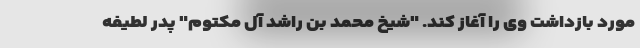
مورد بازداشت‌ وی را آغاز کند. "شیخ محمد بن راشد آل مکتوم" پدر لطیفه